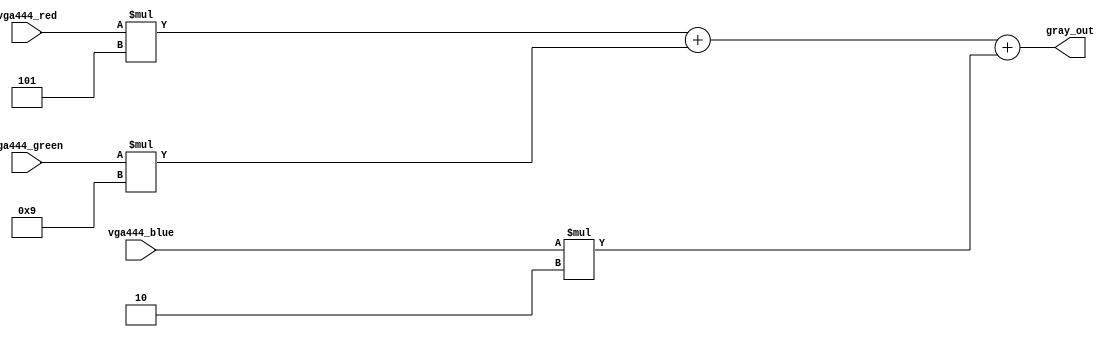
`timescale 1ns / 1ps
//////////////////////////////////////////////////////////////////////////////////
// Company: 
// Engineer: 
// 
// Design Name: 
// Module Name: rgb444_to_gray
// Project Name: 
// Target Devices: 
// Tool Versions: 
// Description: 
// 
// Dependencies: 
// 
// Revision:
// Revision 0.01 - File Created
// Additional Comments:
// 
//////////////////////////////////////////////////////////////////////////////////

// Convert RGB444 to 8-bit greyscale
module rgb444_to_gray(
    input [3:0] vga444_red,
    input [3:0] vga444_green,
    input [3:0] vga444_blue,
    output [7:0] gray_out
    );
    
    
    // Approximate the formula: gray_out = R * 0.3 + G * 0.59 + B * 0.11
    // Actual: gray_out = R*16*0.3125 + G*16*0.5625 + B*16*0.125
    assign gray_out = vga444_red * 5 + vga444_green * 9 + vga444_blue * 2;

endmodule